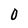
Character: O